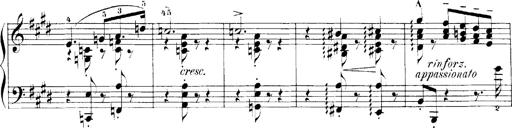
Title: LiebestrÃ¤ume
Composer: Franz Behr
Key: E-flat major